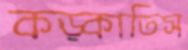
কড়্‌কাতিস